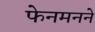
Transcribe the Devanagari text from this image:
फेनमनने